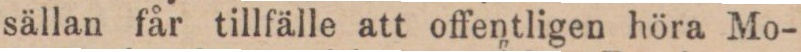
sällan får tillfälle att offentligen höra Mo-